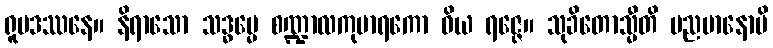
ရူပဒဿနေ။ နိရာသော သဒ္ဓမ္မေ စဏ္ဍာလကုမာရကော ဝိယ ရဇ္ဇေ။ သုခိတောသ္မီတိ မညမာနောပိ